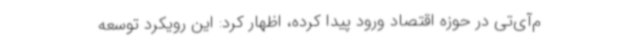
م‌آی‌تی در حوزه اقتصاد ورود پیدا کرده، اظهار کرد: این رویکرد توسعه